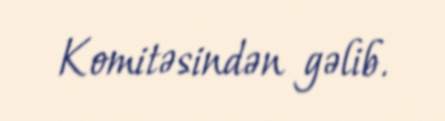
Komitəsindən gəlib.